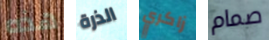
هذه الذرة زاكري صمام